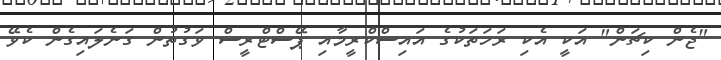
"ޖެން ކިޗަން" އަކީ އެކި ރަހަތަކުގެ އައިސްކްރީމާއި ޕޭސްޓްރީސް ވަގުތުން ގަނެލައިގެން ކެވޭ